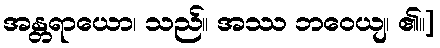
အန္တရာယော၊ သည်။ အဿ ဘဝေယျ၊ ၏။]